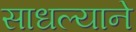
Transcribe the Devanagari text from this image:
साधल्याने